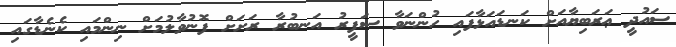
ސައުދީ ޢަރަބިޔާއަށް ކަނޑައަޅާފައި ހުންނަވާ ސަފީރު އަނބުރާ ރަށަށް ފޮނުވާލުމަށް ނިންމައި ކެނެޑާގައި